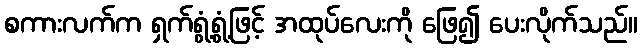
စကားလက်က ရှက်ရွံ့ရွံ့ဖြင့် အထုပ်လေးကို ဖြေ၍ ပေးလိုက်သည်။